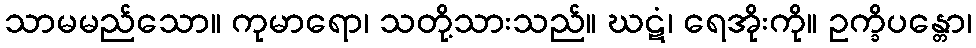
သာမမည်သော။ ကုမာရော၊ သတို့သားသည်။ ဃဋံ၊ ရေအိုးကို။ ဥက္ခိပန္တော၊